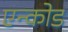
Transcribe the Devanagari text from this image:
एन्कोड